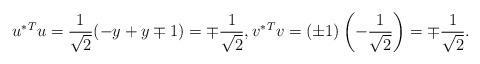
LaTeX: \begin{gather*}u^*{}^Tu=\frac{1}{\sqrt{2}}(-y+y\mp1)=\mp\frac{1}{\sqrt{2}}, v^*{}^Tv=(\pm1)\left(-\frac{1}{\sqrt{2}}\right) =\mp\frac{1}{\sqrt{2}}.\end{gather*}